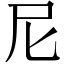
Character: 尼